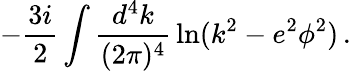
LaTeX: -\frac{3i}{2}\int{\frac{d^{4}k}{(2\pi)^{4}}}\ln(k^{2}-e^{2}\phi^{2})\, .